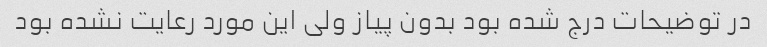
در توضیحات درج شده بود بدون پیاز ولی این مورد رعایت نشده بود